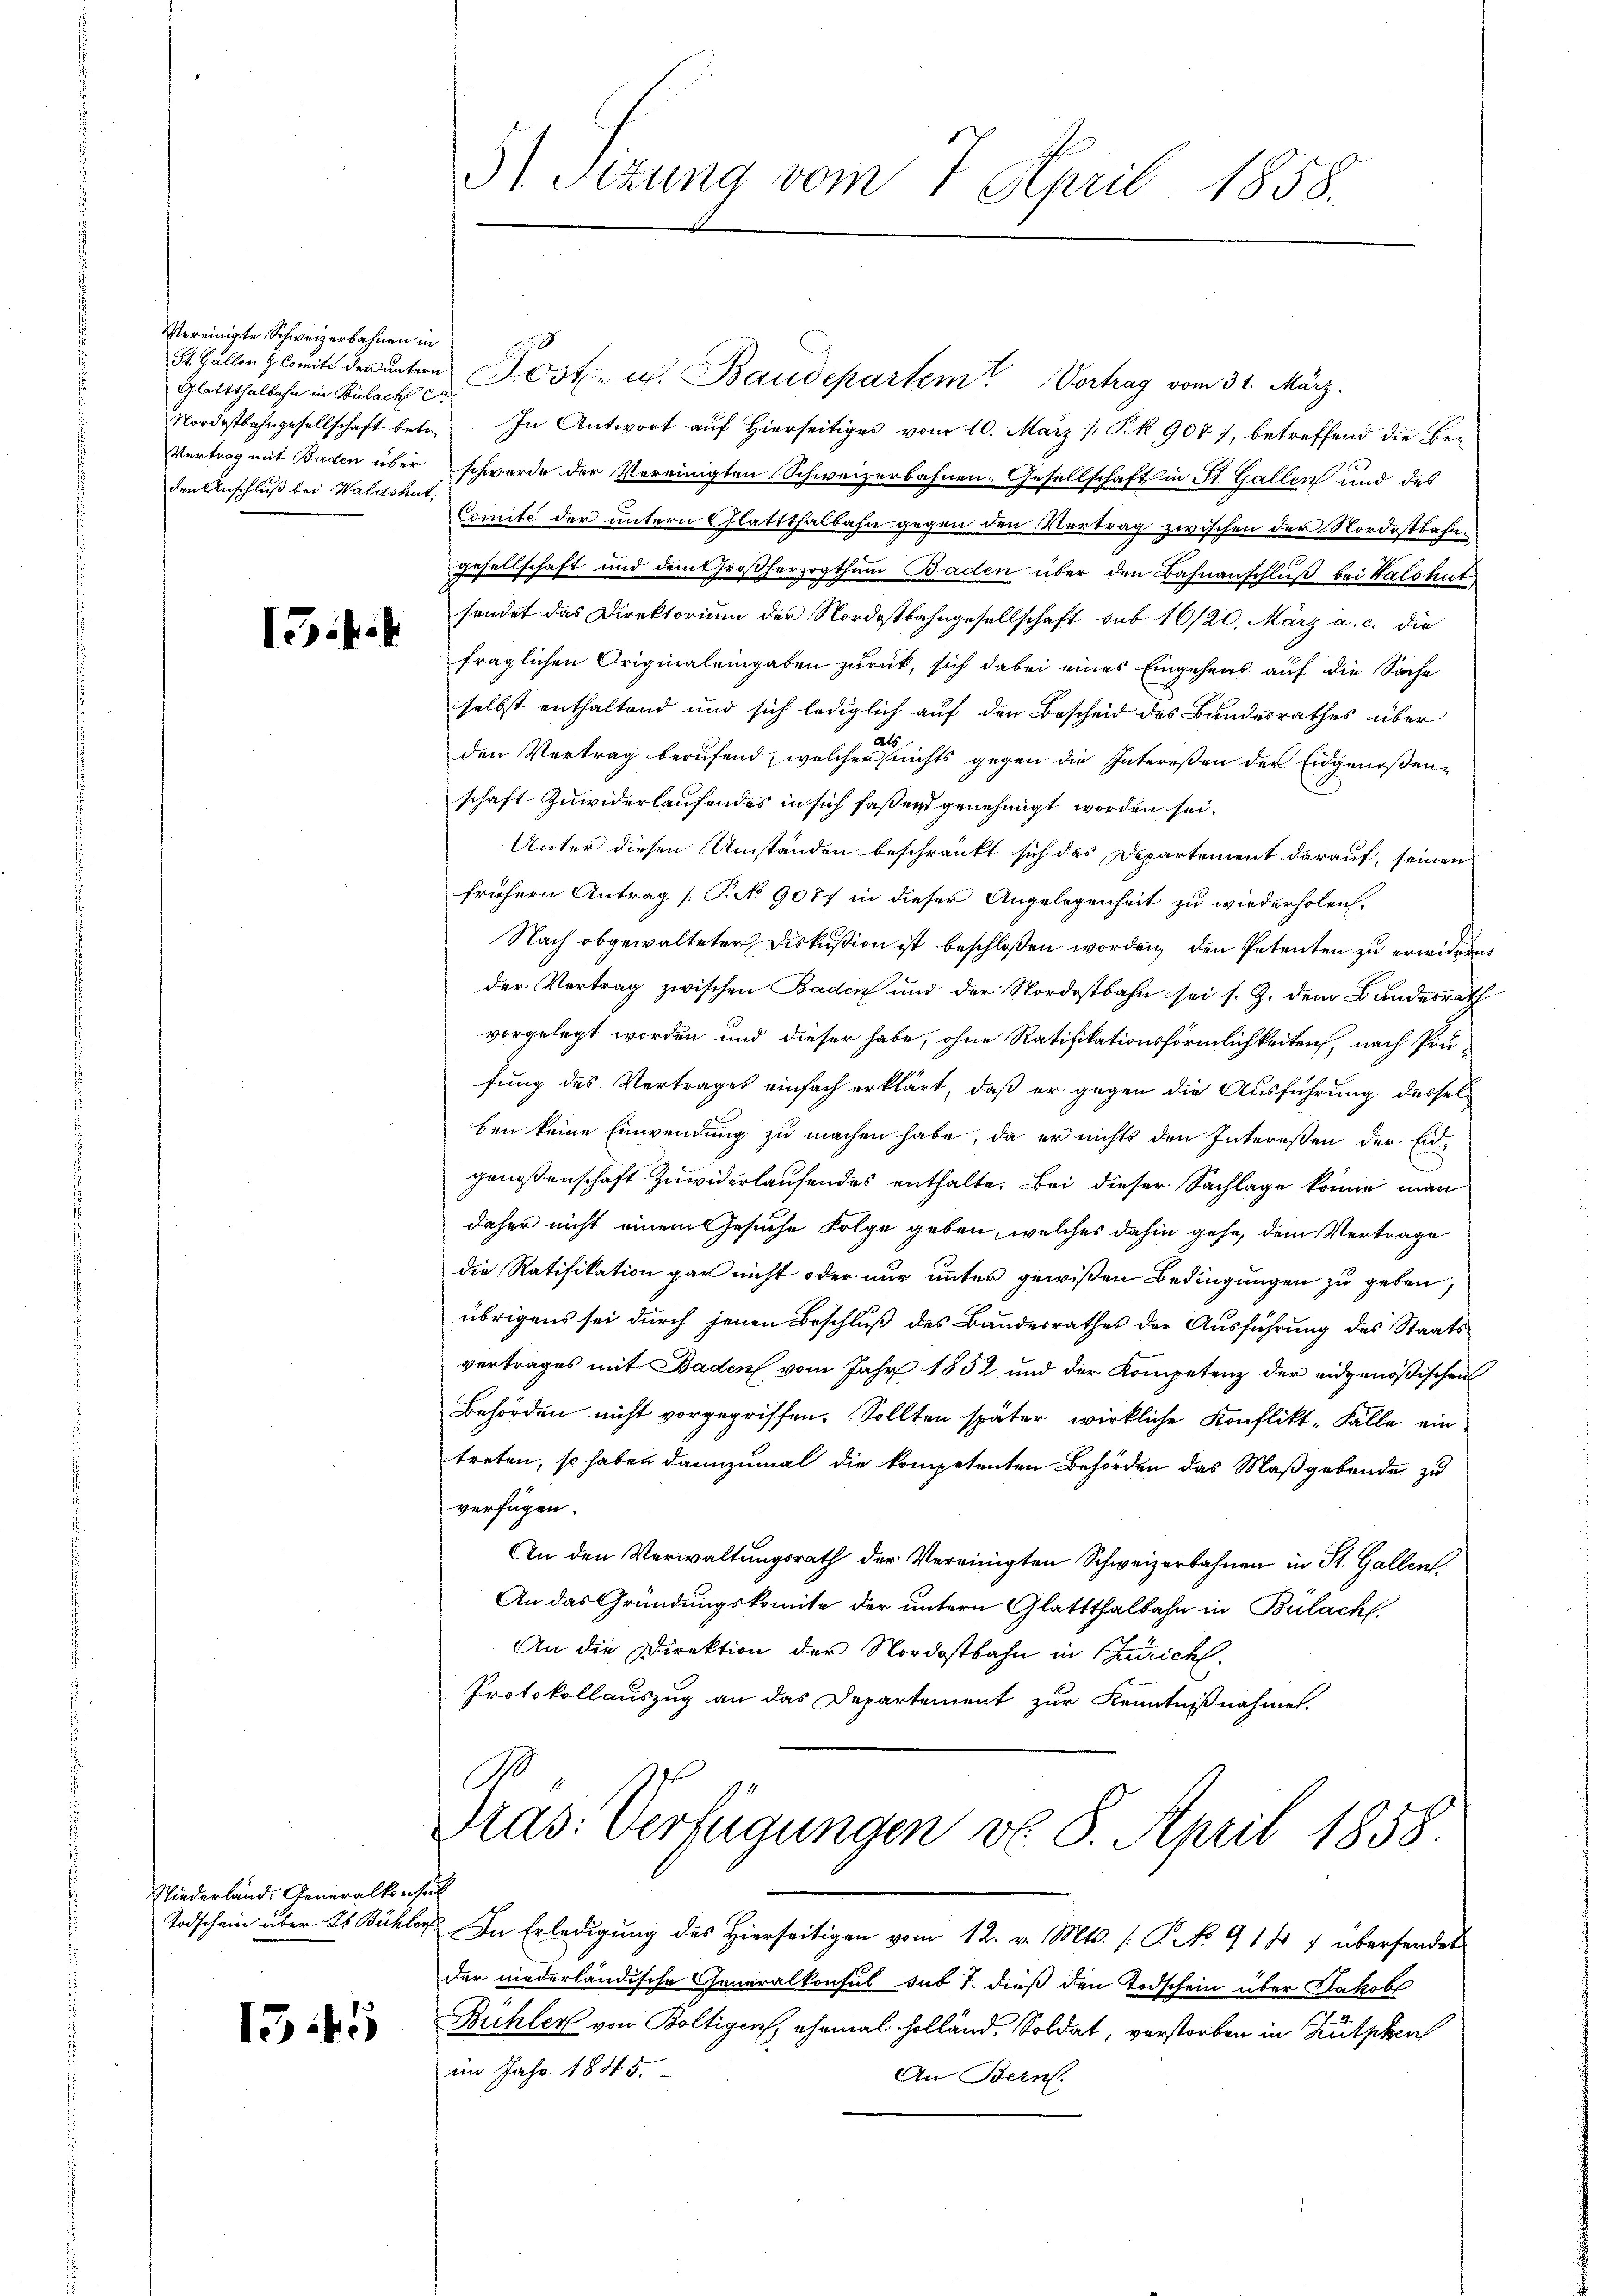
Vereinigte Schweizerbahnen in
Glattthalbahn in Bülach E
den Anschluß bei Waldshut,

I.4

Niederland. Generalkonsul

1545

51 Sizung vom 7. April 1858.

St. Gallen & Comite der untern Post- u. Baudepartem Vortrag vom 31. März.
Nordostbahngesellschaft betr. In Antwort aŭf hierseitiges vom 10. März /: Pk 907), betreffend die Be¬
Vertrag mit Baden über schwerde der Vereinigten Schweizerbahnen-Gesellschaft in St. Gallen und des
Comité der untern Glattthalbahn gegen den Vertrag zwischen der Nordostbahngesellschaft und dem Großherzogthum Baden über den Bahnanschluß bei Walshut
sendet das Direktorium der Nordostbahngesellschaft sub 16/20. März a. c. die
fraglichen Originaleingaben zurück, sich dabei eines Eingehens auf die Sache
selbst enthaltend und sich lediglich auf den Bescheid des Bundesrathes über
a
den Vertrag berufend, welcher nichts gegen die Intereßen der Eidgenoßenschaft zuwiderlaufendes in sich faßend genehmigt worden sei.
Unter diesen Umständen beschränkt sich das Departement darauf, seinen
frühern Antrag [P. 9077 in dieser Angelegenheit zu wiederholen.
Nach obgewalteter Diskußion ist beschloßen worden, den Petenten zu erwideren
der Vertrag zwischen Baden und der Nordostbahn sei s. Z. dem Bundesrath
vorgelegt worden und dieser habe, ohne Ratifikationsförmlichkeiten, nach Prüfung des Vertrages einfach erklärt, daß er gegen die Ausführung desselben keine Einwendung zu machen habe, da er nichts den Interessen der Eid-
genossenschaft zuwiderlaufendes enthalte. Bei dieser Sachlage könne man
daher nicht einem Gesuche Folge geben, welches dahin gehe, dem Vertrage
die Ratifikation gar nicht oder nur unter gewißen Bedingungen zu geben,
übrigens sei durch jenen Beschluß des Bandesrathes der Ausführung des Staatsvertrages mit Baden vom Jahr 1852 und der Kompetenz der eidgenößischen
Behörden nicht vorgegriffen. Sollten später wirkliche Konflikt-Fälle ein
treten, so haben dannzumal die kompetenten Behörden das Maßgebäude zu
verfügen.
An den Verwaltungsrath der Vereinigten Schweizerbahnen in St. Gallen
An das Gründungskomite der untern Glattthalbahn in Bülach
An die Direktion der Nordostbahn in Krich
Protokollauszug an das Departement zur Kenntnißnahmen.
.
Pras: Verfügungen No. 8. April 1858.
Todschein über ds Bühler In Erledigung des Hierseitigen vom 12. v. Mts. (: P. No 914 7 übersendet
der niederländische Generalkonsul sub 7. dieß den Todschein über Sakol
Bühler von Boltigen, ehemal Holländ. Soldat, verstorben in Kutschen
im Jahr 1845.
An Bern.